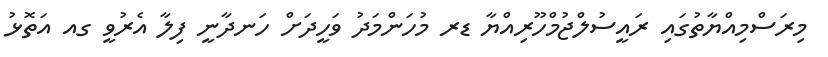
މިރަސްމިއްޔާތުގައި ރައީސުލްޖުމްހޫރިއްޔާ ޑރ މުހަންމަދު ވަހީދަށް ހަނދާނީ ފިލާ އެރުވީ ގއ އަތޮޅު